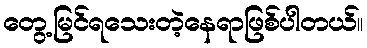
တွေ့မြင်ရသေးတဲ့နေရာဖြစ်ပါတယ်။